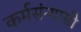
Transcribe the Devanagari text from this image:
कर्मसंन्यासी